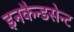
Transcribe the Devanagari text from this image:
इनकैन्डसेन्ट